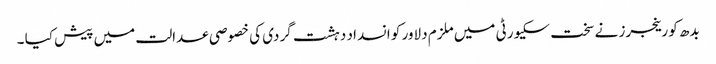
بدھ کو رینجرز نے سخت سکیورٹی میں ملزم دلاور کو انسداد دہشت گردی کی خصوصی عدالت میں پیش کیا ۔